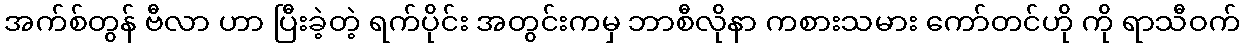
အက်စ်တွန် ဗီလာ ဟာ ပြီးခဲ့တဲ့ ရက်ပိုင်း အတွင်းကမှ ဘာစီလိုနာ ကစားသမား ကော်တင်ဟို ကို ရာသီဝက်